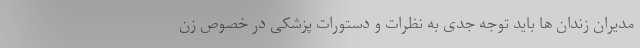
مدیران زندان ها باید توجه جدی به نظرات و دستورات پزشکی در خصوص زن